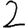
Digit: 2